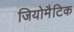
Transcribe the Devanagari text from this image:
जियोमैटिक